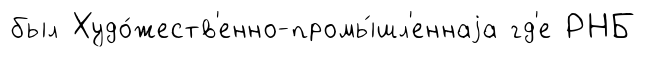
был Худо́жеств'енно-промы́шл'еннаjа гд'е РНБ